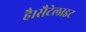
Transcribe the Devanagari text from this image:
है।सैटेलाइट